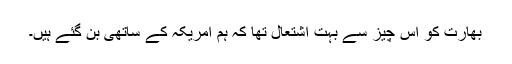
بھارت کو اس چیز سے بہت اشتعال تھا کہ ہم امریکہ کے ساتھی بن گئے ہیں۔